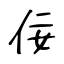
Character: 佞